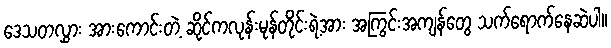
ဒေသတလွှား အားကောင်းတဲ့ ဆိုင်ကလုန်းမုန်တိုင်းရဲ့အား အကြွင်းအကျန်တွေ သက်ရောက်နေဆဲပါ။